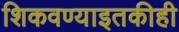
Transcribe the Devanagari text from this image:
शिकवण्याइतकीही